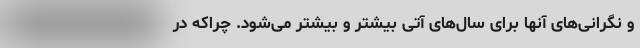
و نگرانی‌های آنها برای سال‌های آتی بیشتر و بیشتر می‌شود. چراکه در